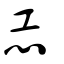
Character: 恐